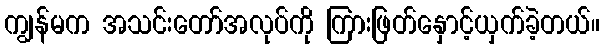
ကျွန်မက အသင်းတော်အလုပ်ကို ကြားဖြတ်နှောင့်ယှက်ခဲ့တယ်။